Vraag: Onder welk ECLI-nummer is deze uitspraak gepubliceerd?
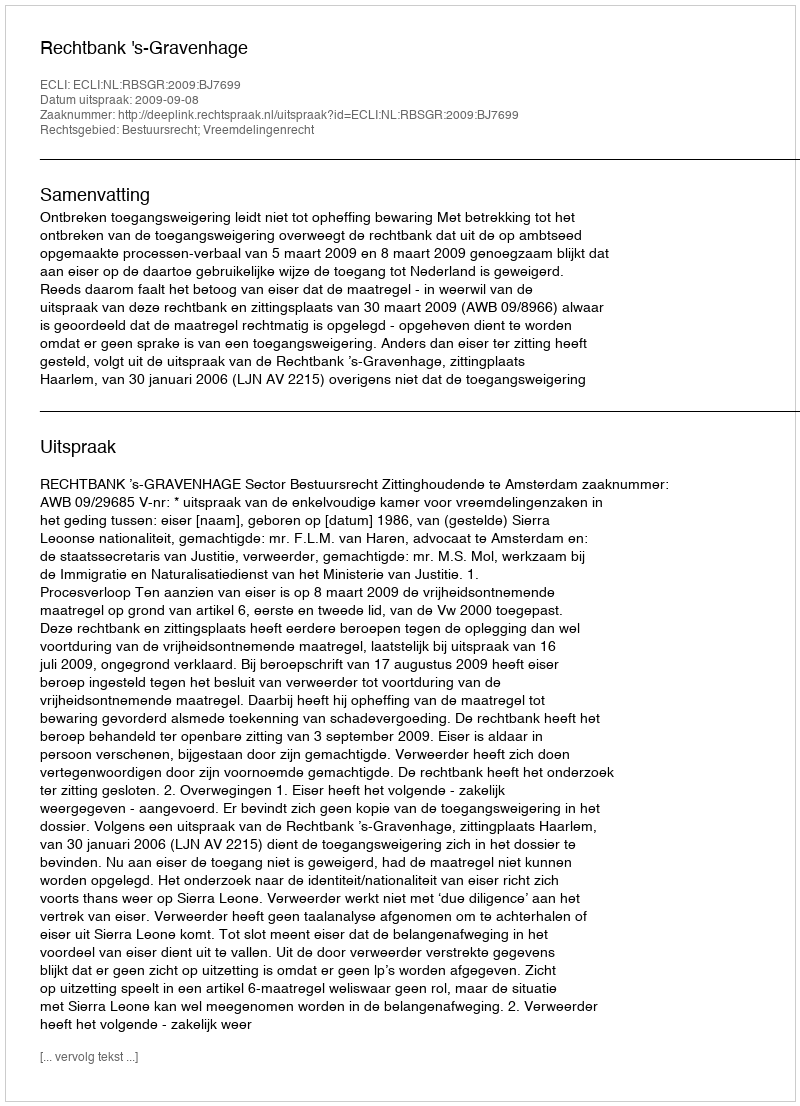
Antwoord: ECLI:NL:RBSGR:2009:BJ7699